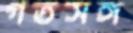
গতসঙ্গ